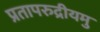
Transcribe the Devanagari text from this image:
प्रतापरुद्रीयमु